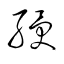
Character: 綬